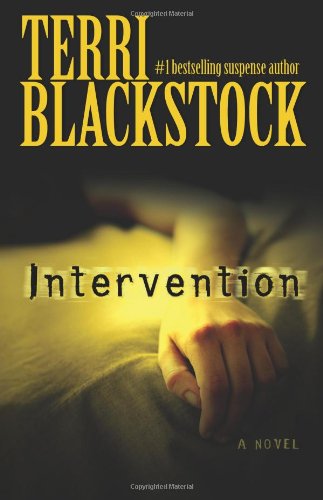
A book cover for Intervention (Intervention Series, Book 1); Terri Blackstock; Religion & Spirituality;